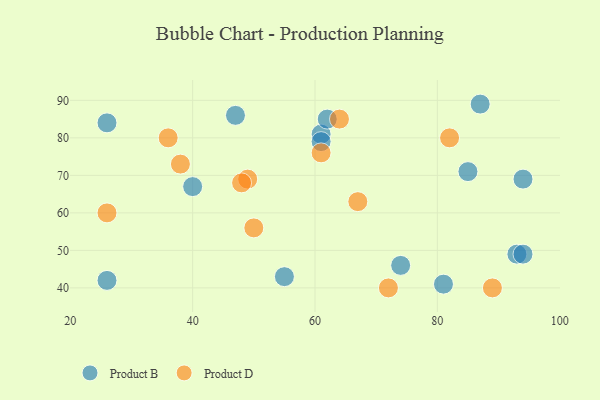
{"axis": {"x": "GDP", "y": "Life Expectancy"}, "legend": ["Product B", "Product D"], "data": [{"x": "47", "y": 86, "type": "Product B"}, {"x": "61", "y": 81, "type": "Product B"}, {"x": "74", "y": 46, "type": "Product B"}, {"x": "85", "y": 71, "type": "Product B"}, {"x": "81", "y": 41, "type": "Product B"}, {"x": "26", "y": 84, "type": "Product B"}, {"x": "55", "y": 43, "type": "Product B"}, {"x": "93", "y": 49, "type": "Product B"}, {"x": "94", "y": 49, "type": "Product B"}, {"x": "40", "y": 67, "type": "Product B"}, {"x": "26", "y": 42, "type": "Product B"}, {"x": "94", "y": 69, "type": "Product B"}, {"x": "61", "y": 79, "type": "Product B"}, {"x": "62", "y": 85, "type": "Product B"}, {"x": "87", "y": 89, "type": "Product B"}, {"x": "49", "y": 69, "type": "Product D"}, {"x": "38", "y": 73, "type": "Product D"}, {"x": "67", "y": 63, "type": "Product D"}, {"x": "48", "y": 68, "type": "Product D"}, {"x": "82", "y": 80, "type": "Product D"}, {"x": "72", "y": 40, "type": "Product D"}, {"x": "36", "y": 80, "type": "Product D"}, {"x": "50", "y": 56, "type": "Product D"}, {"x": "61", "y": 76, "type": "Product D"}, {"x": "89", "y": 40, "type": "Product D"}, {"x": "26", "y": 60, "type": "Product D"}, {"x": "64", "y": 85, "type": "Product D"}]}